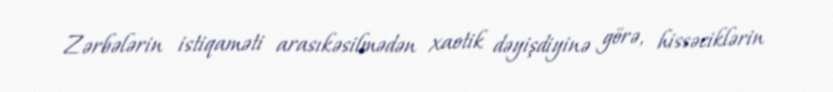
Zərbələrin istiqaməti arasıkəsilmədən xaotik dəyişdiyinə görə, hissəciklərin